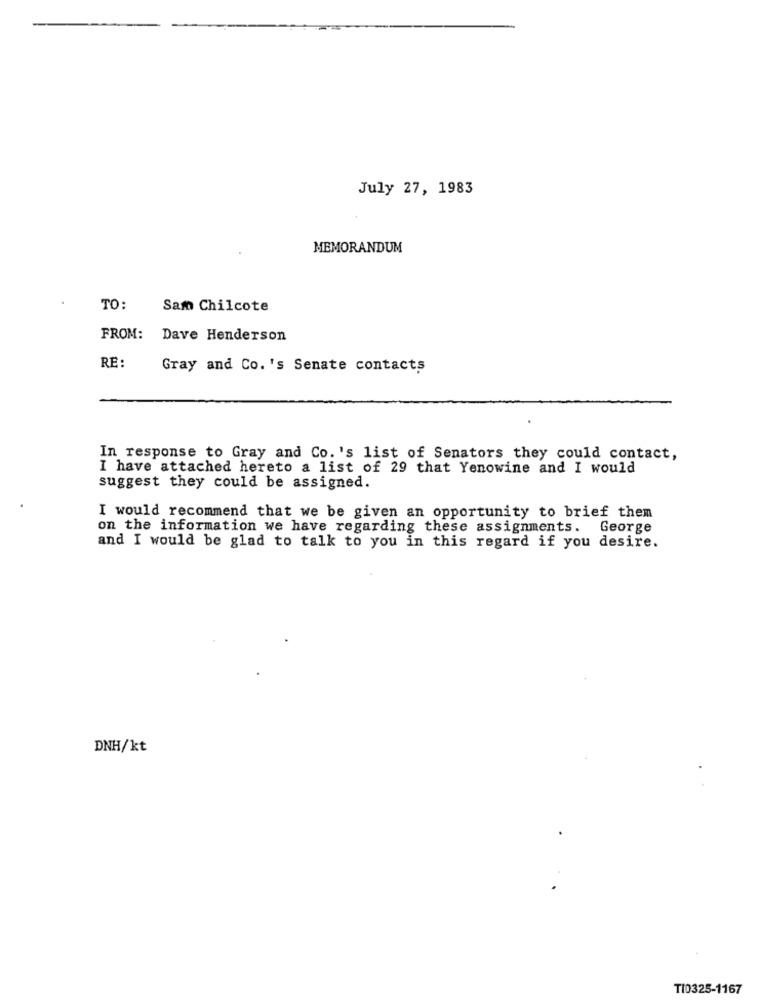
July 27, 1983
MEMORANDUM
TO:
Sam Chilcote
FROM:
Dave Henderson
RE:
Gray and Co. 's Senate contacts
In response to Gray and Co. 's list of Senators they could contact,
I have attached hereto a list of 29 that Yenowine and I would
suggest they could be assigned.
I would recommend that we be given an opportunity to brief them
on the information we have regarding these assignments. George
and I would be glad to talk to you in this regard if you desire.
DNH/kt
TI0325-1167